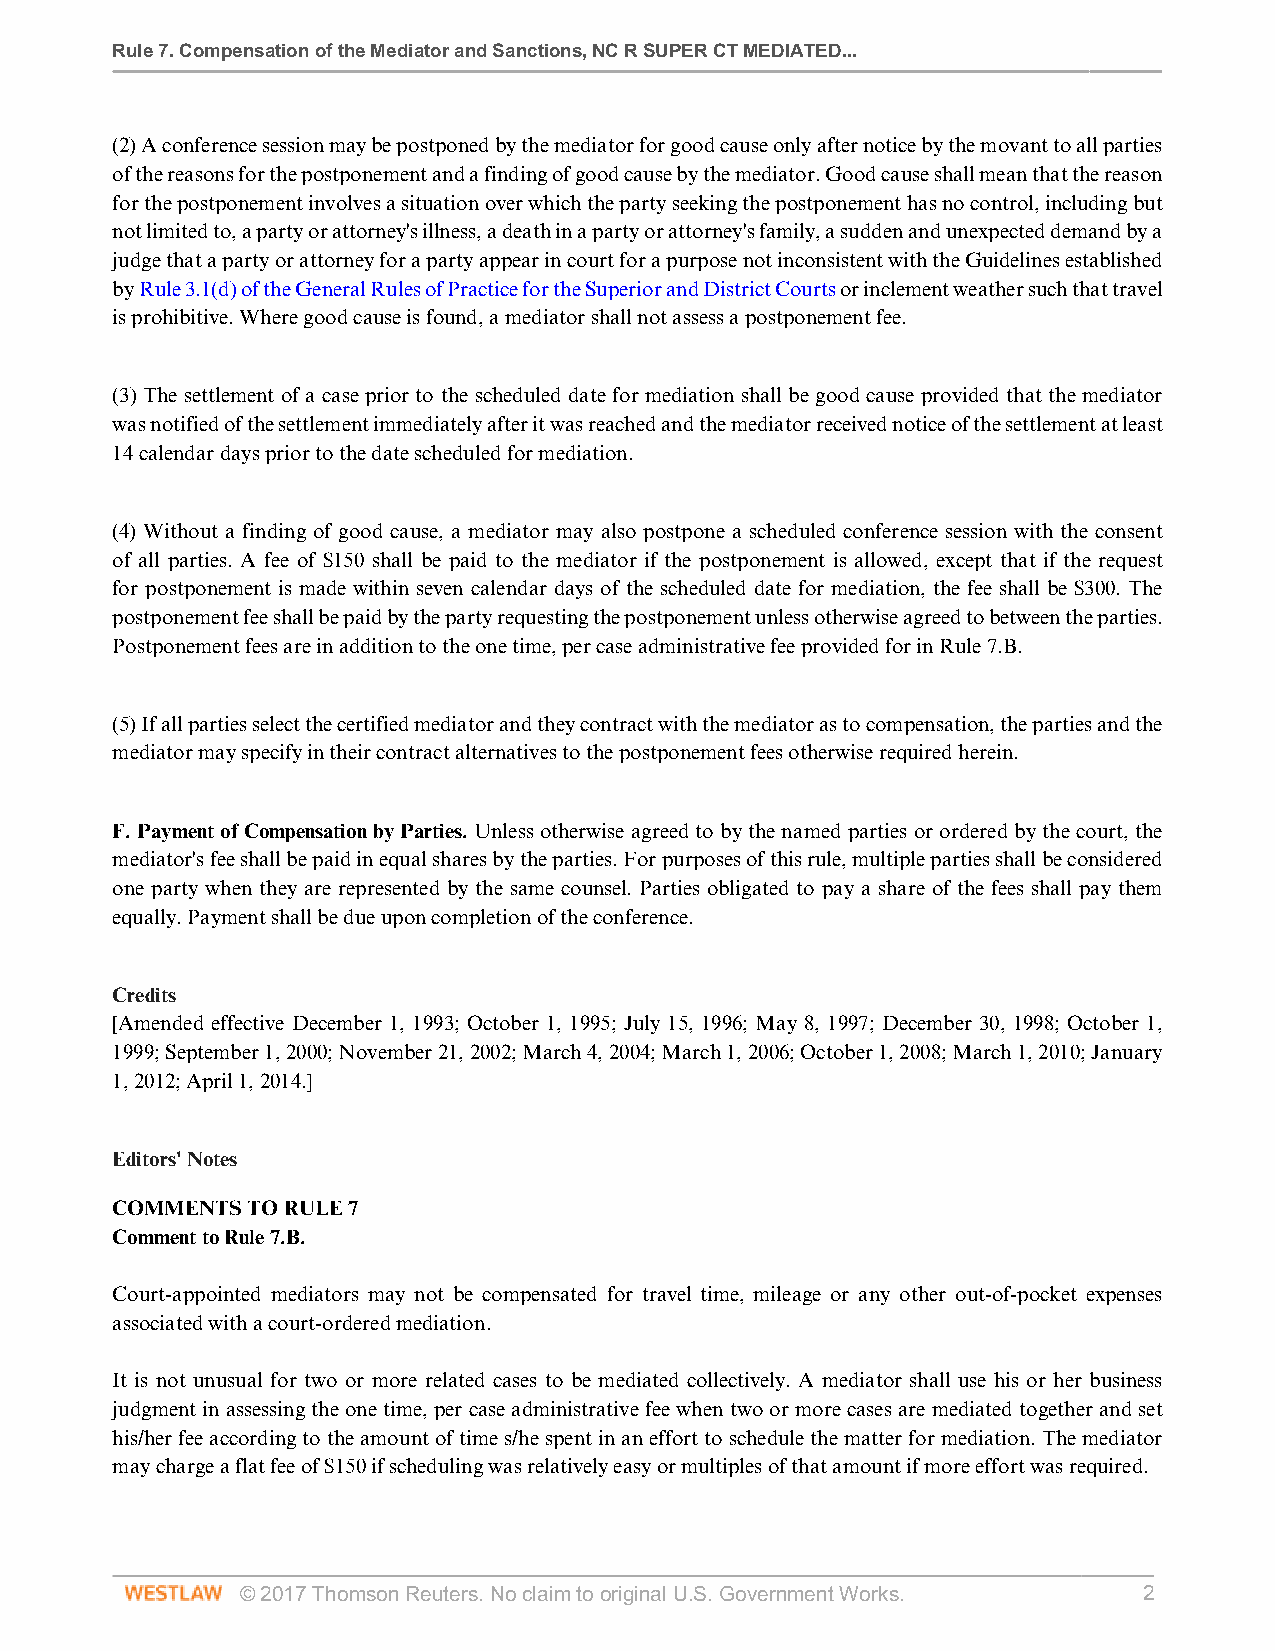
Rule 7. Compensation of the Mediator and Sanctions, NC R SUPER CT MEDIATED...
 (2) A conference session may be postponed by the mediator for good cause only after notice by the movant to all parties
 of the reasons for the postponement and a finding of good cause by the mediator. Good cause shall mean that the reason
 for the postponement involves a situation over which the party seeking the postponement has no control, including but
 not limited to, a party or attorney's illness, a death in a party or attorney's family, a sudden and unexpected demand by a
 judge that a party or attorney for a party appear in court for a purpose not inconsistent with the Guidelines established
 by Rule 3.1(d) of the General Rules of Practice for the Superior and District Courts or inclement weather such that travel
 is prohibitive. Where good cause is found, a mediator shall not assess a postponement fee.
 (3) The settlement of a case prior to the scheduled date for mediation shall be good cause provided that the mediator
 was notified of the settlement immediately after it was reached and the mediator received notice of the settlement at least
 14 calendar days prior to the date scheduled for mediation.
 (4) Without a finding of good cause, a mediator may also postpone a scheduled conference session with the consent
 of all parties. A fee of $150 shall be paid to the mediator if the postponement is allowed, except that if the request
 for postponement is made within seven calendar days of the scheduled date for mediation, the fee shall be $300. The
 postponement fee shall be paid by the party requesting the postponement unless otherwise agreed to between the parties.
 Postponement fees are in addition to the one time, per case administrative fee provided for in Rule 7.B.
 (5) If all parties select the certified mediator and they contract with the mediator as to compensation, the parties and the
 mediator may specify in their contract alternatives to the postponement fees otherwise required herein.
 F. Payment of Compensation by Parties. Unless otherwise agreed to by the named parties or ordered by the court, the
 mediator's fee shall be paid in equal shares by the parties. For purposes of this rule, multiple parties shall be considered
 one party when they are represented by the same counsel. Parties obligated to pay a share of the fees shall pay them
 equally. Payment shall be due upon completion of the conference.
 Credits
 [Amended effective December 1, 1993; October 1, 1995; July 15, 1996; May 8, 1997; December 30, 1998; October 1,
 1999; September 1, 2000; November 21, 2002; March 4, 2004; March 1, 2006; October 1, 2008; March 1, 2010; January
 1, 2012; April 1, 2014.]
 Editors' Notes
 COMMENTS TO RULE 7
 Comment to Rule 7.B.
 Court-appointed mediators may not be compensated for travel time, mileage or any other out-of-pocket expenses
 associated with a court-ordered mediation.
 It is not unusual for two or more related cases to be mediated collectively. A mediator shall use his or her business
 judgment in assessing the one time, per case administrative fee when two or more cases are mediated together and set
 his/her fee according to the amount of time s/he spent in an effort to schedule the matter for mediation. The mediator
 may charge a flat fee of $150 if scheduling was relatively easy or multiples of that amount if more effort was required.
 © 2017 Thomson Reuters. No claim to original U.S. Government Works. 2